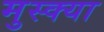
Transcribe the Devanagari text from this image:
मुस्क्या